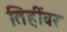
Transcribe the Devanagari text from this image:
तिहींवर